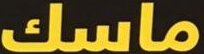
ماسك